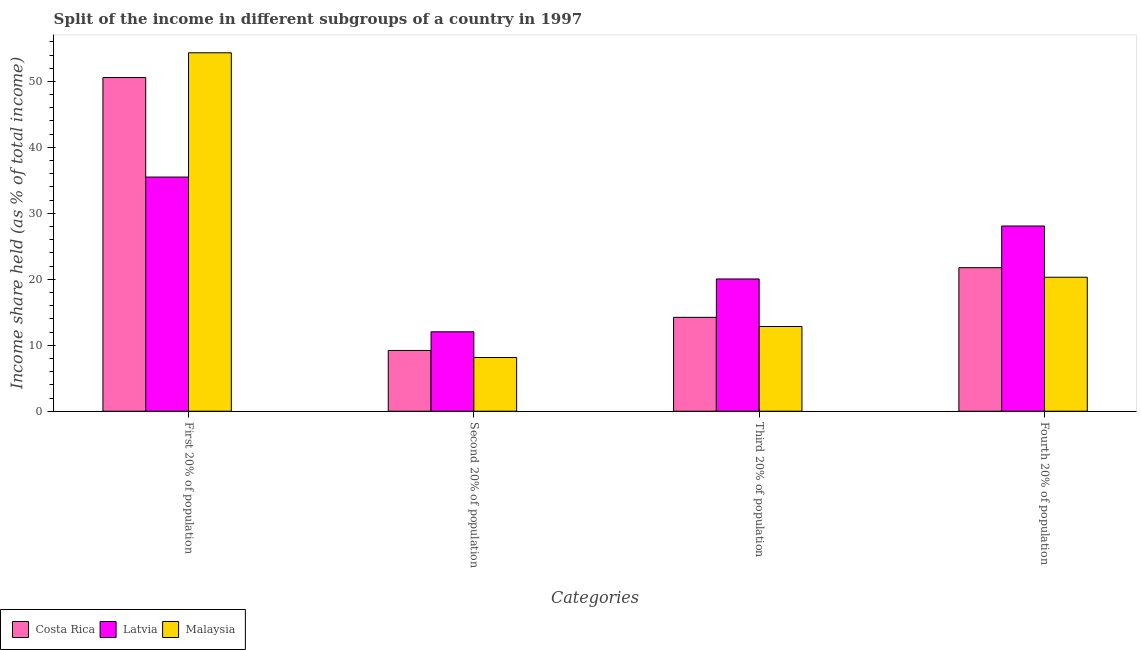
| Categories | Costa Rica | Latvia | Malaysia |
 | --- | --- | --- | --- |
 | First 20% of population | 50.6 | 35.5 | 54.3 |
 | Second 20% of population | 9.21 | 12 | 8.14 |
 | Third 20% of population | 14.2 | 20.1 | 12.8 |
 | Fourth 20% of population | 21.8 | 28.1 | 20.3 |